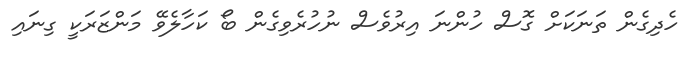
ހެދިގެން ތަނަކަށް ގޮސް ހުންނަ އިރުވެސް ނުހުރެވިގެން ބޯ ކަހާލެވޭ މަންޒަރަކީ ގިނައި